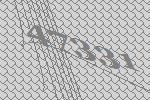
47331